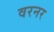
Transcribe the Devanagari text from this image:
वरनर